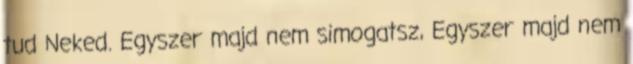
tud Neked. Egyszer majd nem simogatsz, Egyszer majd nem